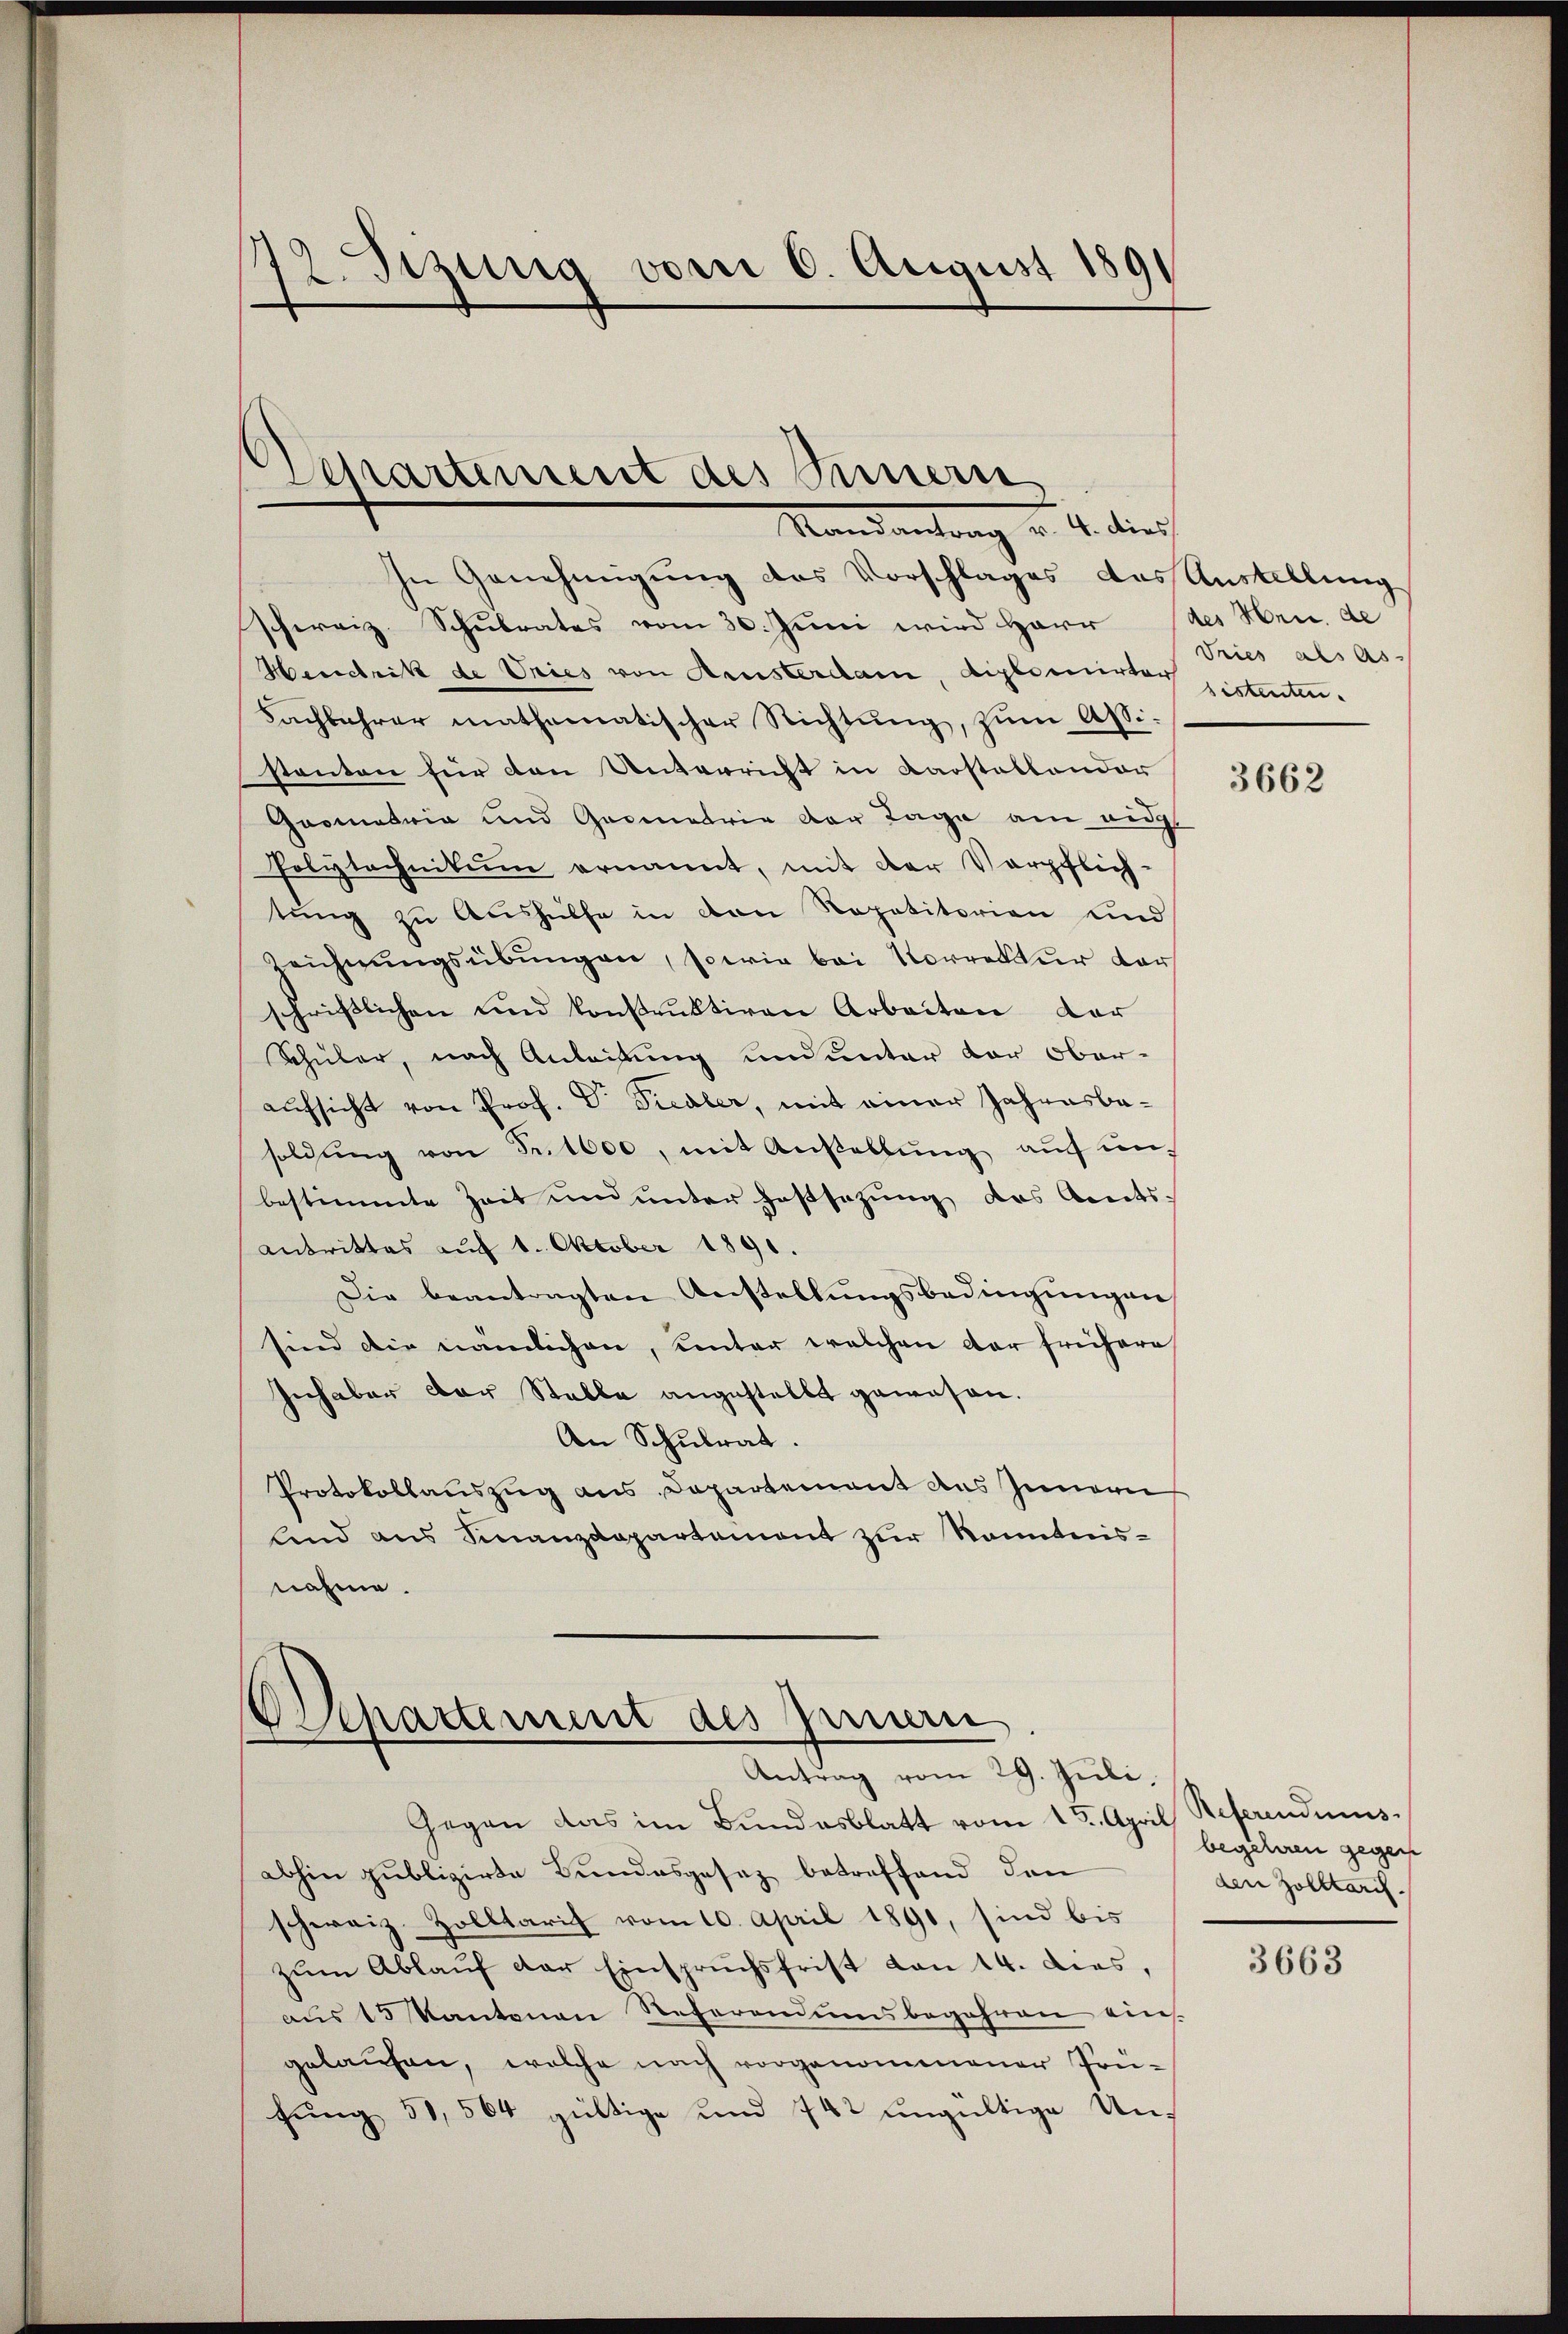
172. Sizung vom 6. August 189

d
Departement des Innern
Kansantrag v. 4. dies

In Genehmigung des Vorschlages das Austellung
.
schweiz. Schulrates vom 30. Juni wird Herr des Hrn. de
Hendrik de Vries von Fensterdam, diplomirter gestenten¬
Fachbahrer mathematischer Richtung, zum Assistanton für den Unterricht in Karstellendor
Geometria und Geometrie der Tage am eig
Polytechnikum ernannt, mit der Verpflich-
tŭng zŭ Aŭshülfe in den Repetitorien und
Reichnungsübungen, sowie bei Vorrektur dar
schriftlichen und konstruktiven Arbeiten der
Schüler, nach Anleitung und unter der Ober-
aufsicht von Prof. Dr. Siedler, mit einer Jahresbasoldŭng von Fr. 1000, mit Anstellŭng aŭf ŭn-
bestimmte Zeit und unter Hassatzung des Amtsantrittes auf 1. Oktober 1891.
Die beantragten Anstellungsbedingungen
sind die nämlichen, unter welchen der frühere
Inhaber der Stalle angestellt gewesen.
An Schulrat.
Protokollauszug aus Departement des Inneru
lnd aus Finanzdepartement zur Kenntnisnahme.

Osepartement des Innern
Antrag vom 29. Juli,

Gegen das im Bundesblatt vom 15. April Referendius.
abhin publizirte Bundesgesez betreffend den
schweiz Zolltarif vom 10. April 1891, sind bis
zŭm Ablaŭf der Einspruchsfrist von 14. dies,
aus 15 Kantonen Referendumsbegehren eins
gelaŭfen, welche nach vorgenommener Prü-
fung 51, 564 gültige und 742 ungültige Un¬

Dries als As

3662

begehren gegen
den Zolltarif

3663